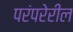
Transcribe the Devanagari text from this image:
परंपरेरील